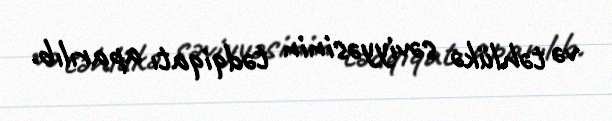
və təhlükə səviyyəsinin tədqiqatı aparılıb.